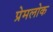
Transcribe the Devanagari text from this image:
प्रेमलोक